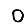
Digit: 0